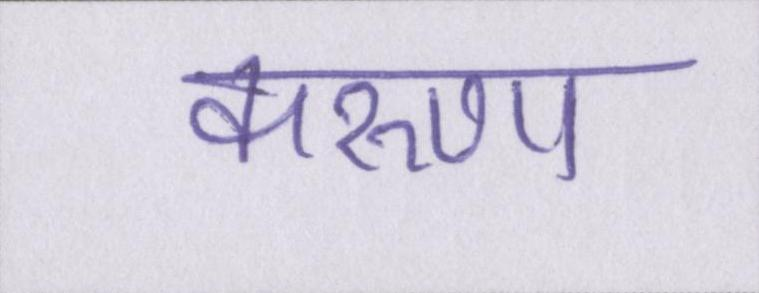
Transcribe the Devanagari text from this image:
करुणा